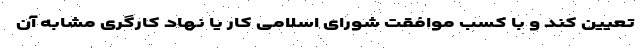
تعیین کند و با کسب موافقت شورای اسلامی کار یا نهاد کارگری مشابه آن